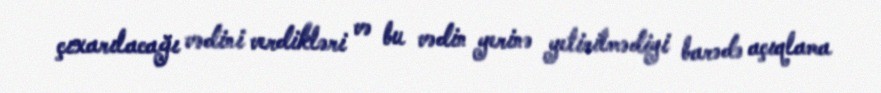
çıxarılacağı vədini verdikləri və bu vədin yerinə yetirilmədiyi barədə açıqlama